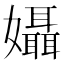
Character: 𡤙